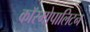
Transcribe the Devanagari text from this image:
कॉस्मोपालिटन